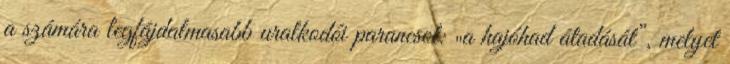
a számára legfájdalmasabb uralkodói parancsot: „a hajóhad átadását”, melyet